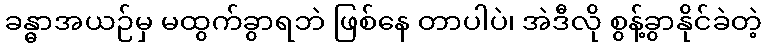
ခန္ဓာအယဉ်မှ မထွက်ခွာရဘဲ ဖြစ်နေ တာပါပဲ၊ အဲဒီလို စွန့်ခွာနိုင်ခဲတဲ့